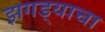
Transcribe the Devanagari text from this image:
झगड्याचा